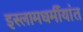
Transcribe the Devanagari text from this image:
इस्लामधर्मीयांत